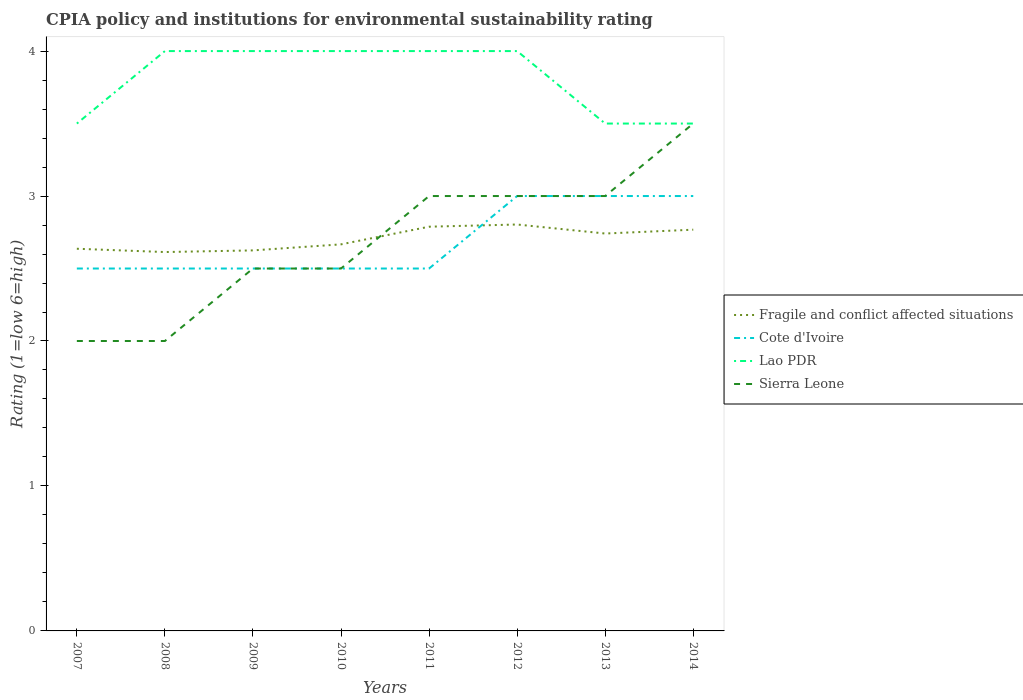
| Years | Fragile and conflict affected situations | Cote d'Ivoire | Lao PDR | Sierra Leone |
 | --- | --- | --- | --- | --- |
 | 2007 | 2.64 | 2.5 | 3.5 | 2 |
 | 2008 | 2.61 | 2.5 | 4 | 2 |
 | 2009 | 2.62 | 2.5 | 4 | 2.5 |
 | 2010 | 2.67 | 2.5 | 4 | 2.5 |
 | 2011 | 2.79 | 2.5 | 4 | 3 |
 | 2012 | 2.8 | 3 | 4 | 3 |
 | 2013 | 2.74 | 3 | 3.5 | 3 |
 | 2014 | 2.77 | 3 | 3.5 | 3.5 |